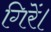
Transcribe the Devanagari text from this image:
गिरें।